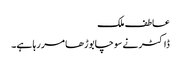
عاطف ملک
ڈاکٹر نے سوچا بوڑھا مر رہا ہے۔